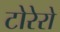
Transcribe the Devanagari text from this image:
टोरेरो